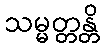
သမ္မတ္တန္တိ